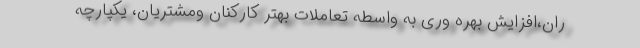
ران،افزایش بهره وری به واسطه تعاملات بهتر کارکنان ومشتریان، یکپارچه